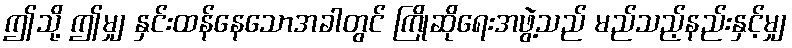
ဤသို့ ဤမျှ နှင်းထန်နေသောအခါတွင် ကြိုဆိုရေးအဖွဲ့သည် မည်သည့်နည်းနှင့်မျှ